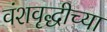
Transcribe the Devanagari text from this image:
वंशवृद्धीच्या